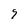
Character: 9